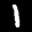
Label: 1